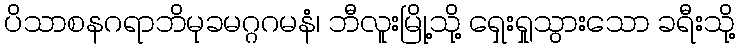
ပိသာစနဂရာဘိမုခမဂ္ဂဂမနံ၊ ဘီလူးမြို့သို့ ရှေးရှုသွားသော ခရီးသို့